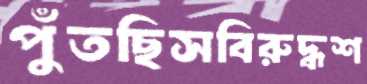
পুঁতছিসবিরুদ্ধশ